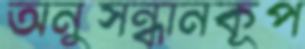
অনুসন্ধানকূপ